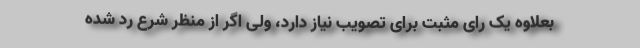
بعلاوه یک رای مثبت برای تصویب نیاز دارد، ولی اگر از منظر شرع رد شده